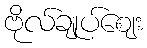
ဗိုလ်ချုပ်ဈေး